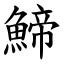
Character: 䱱